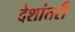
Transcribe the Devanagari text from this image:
देशांतरी